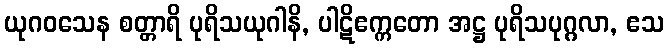
ယုဂဝသေန စတ္တာရိ ပုရိသယုဂါနိ, ပါဋိဧက္ကတော အဋ္ဌ ပုရိသပုဂ္ဂလာ, ဧသ